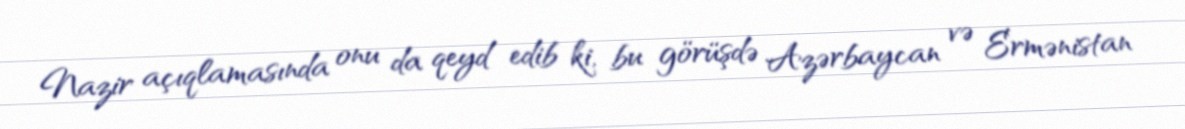
Nazir açıqlamasında onu da qeyd edib ki, bu görüşdə Azərbaycan və Ermənistan